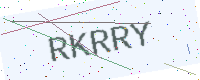
Text: RKRRY